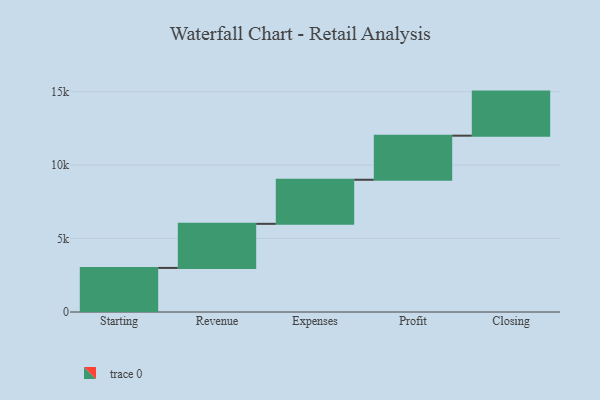
{"axis": {"x": "Step", "y": "Value"}, "legend": [""], "data": [{"x": "Starting", "y": 3000, "type": ""}, {"x": "Revenue", "y": 3000, "type": ""}, {"x": "Expenses", "y": 3000, "type": ""}, {"x": "Profit", "y": 3000, "type": ""}, {"x": "Closing", "y": 3000, "type": ""}]}